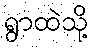
ရွာထဲသို့